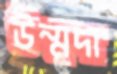
উন্মদা